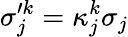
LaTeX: \sigma_{j}^{\prime k}=\kappa_{j}^{k}\sigma_{j}